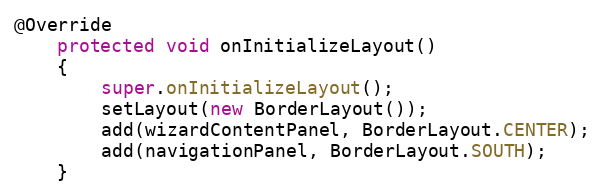
Language: Java
@Override
	protected void onInitializeLayout()
	{
		super.onInitializeLayout();
		setLayout(new BorderLayout());
		add(wizardContentPanel, BorderLayout.CENTER);
		add(navigationPanel, BorderLayout.SOUTH);
	}